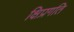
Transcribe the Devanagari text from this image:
क्षिप्रगति